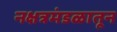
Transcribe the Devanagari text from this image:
नक्षत्रमंडळातून